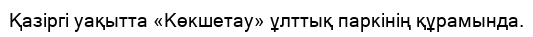
Қазіргі уақытта «Көкшетау» ұлттық паркінің құрамында.